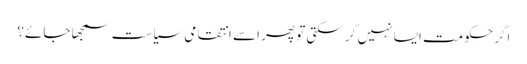
اگر حکومت ایسا نہیں کر سکتی تو پھر اسے انتقامی سیاست سمجھا جائے؟